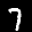
Label: 7